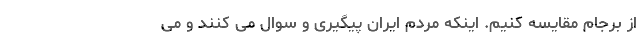
از برجام مقایسه کنیم. اینکه مردم ایران پیگیری و سوال می کنند و می